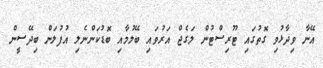
އޭނާ ވިދާޅުވި ގޮތުގައި ޓޫރިސްޓުން ލަގެޖް އަރުވައި ބޭލުމާއި ބޮޑުކަންނެލި އުފުލަން ބިދޭސީން